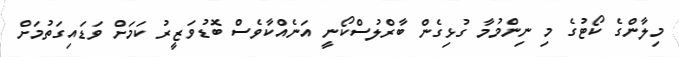
މިލާންގެ ކޯޓުގެ މި ނިންމުމާ ގުޅިގެން ބާރްލުސްކޯނީ އަނެއްކާވެސް ބޮޑުވަޒީރު ކަމަށް ވަޑައިގަތުމަށް